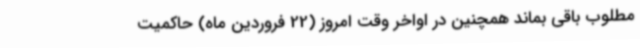
مطلوب باقی بماند همچنین در اواخر وقت امروز (22 فروردین ماه) حاکمیت